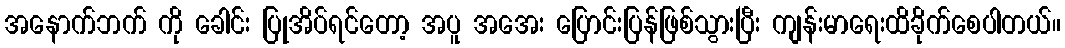
အနောက်ဘက် ကို ခေါင်း ပြုအိပ်ရင်တော့ အပူ အအေး ပြောင်းပြန်ဖြစ်သွားပြီး ကျန်းမာရေးထိခိုက်စေပါတယ်။